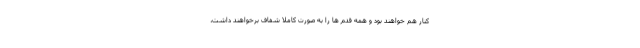
کنار هم خواهند بود و همه قدم ها را به صورت کاملا شفاف برخواهند داشت،